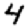
Digit: 4